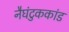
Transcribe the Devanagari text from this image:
नैघंटुककांड